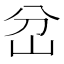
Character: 岔